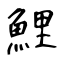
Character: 鯉